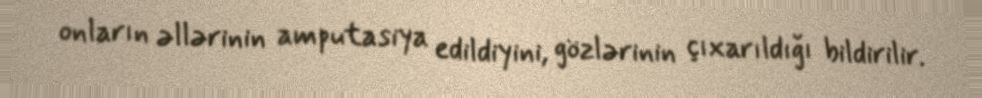
onların əllərinin amputasiya edildiyini, gözlərinin çıxarıldığı bildirilir.